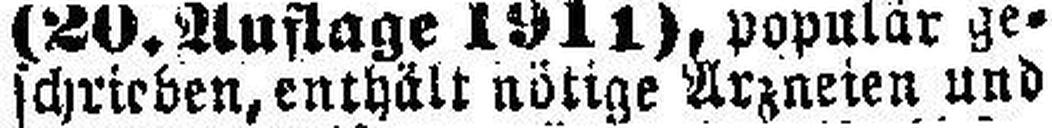
schrieben, enthält nötige Arzneien und